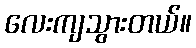
လေးကျသွားတယ်။